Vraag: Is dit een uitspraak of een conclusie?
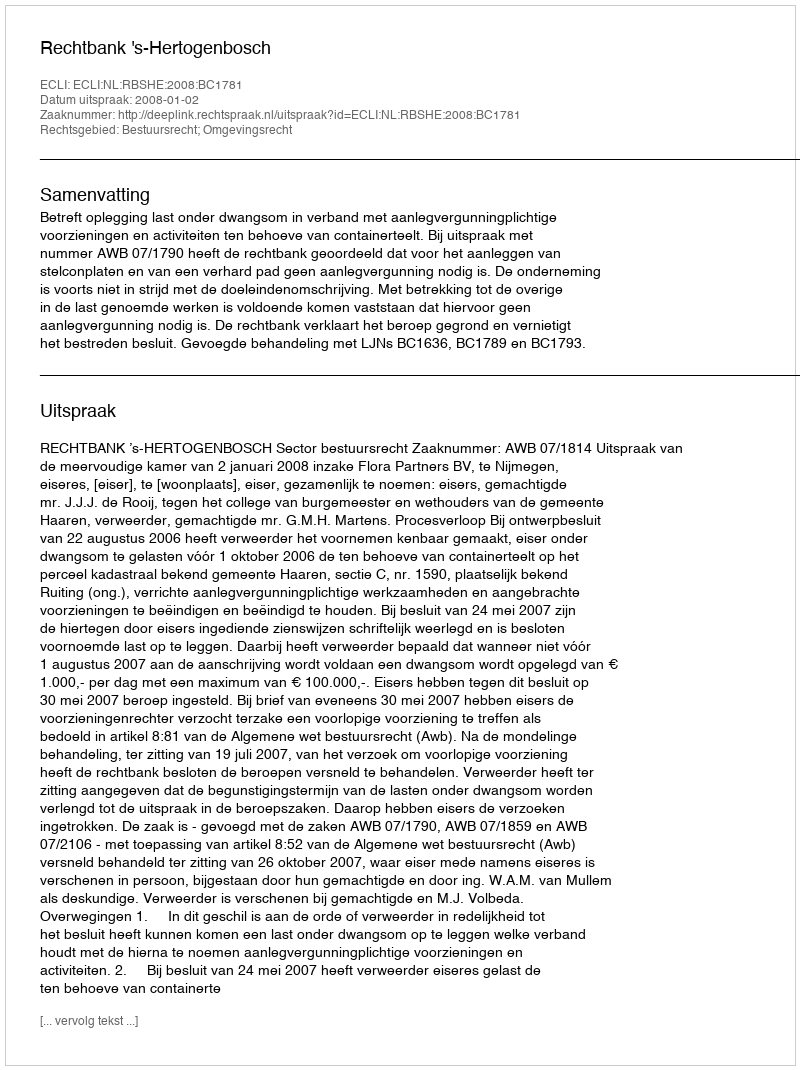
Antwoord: Uitspraak